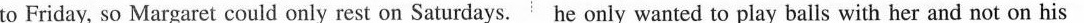
to Friday, so Margaret could only rest on Saturdays. He only wanted to play balls with her and not on his